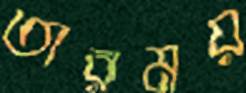
তারময়